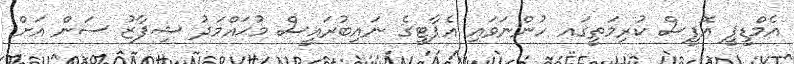
އެމްޑީޕީ އޮފީސް ކުރިމަތީގައ ހުންނަވައި އެޕާޓީގެ ނައިބުރައީސް މުޙައްމަދު ޝިފާޒު ސަން އަށް